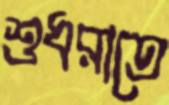
শুধরাতে